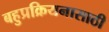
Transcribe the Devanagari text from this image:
बहुप्रक्रियनासाठी